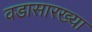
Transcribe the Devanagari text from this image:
वडासारख्या